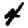
Digit: 4